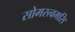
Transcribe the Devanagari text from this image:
सोमस्त्वमसि